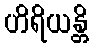
ဟိရိယန္တိ